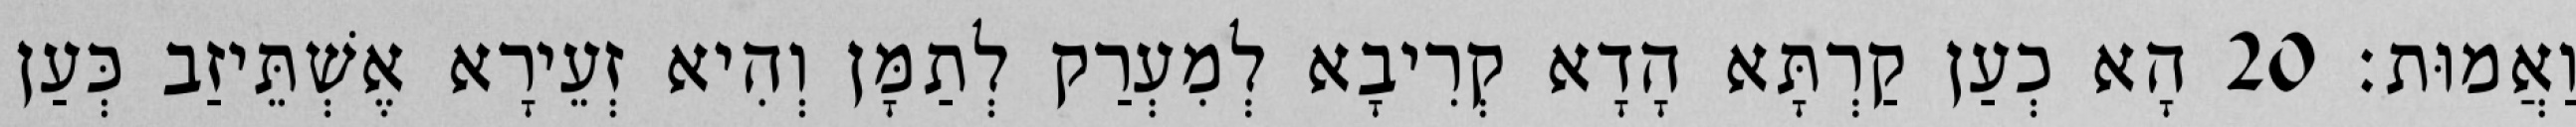
וַאֲמוּת׃ 20 הָא כְעַן קַרְתָּא הָדָא קְרִיבָא לְמִעְרַק לְתַמָּן וְהִיא זְעֵירָא אֶשְׁתֵּיזַב כְּעַן